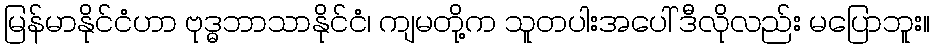
မြန်မာနိုင်ငံဟာ ဗုဒ္ဓဘာသာနိုင်ငံ၊ ကျမတို့က သူတပါးအပေါ် ဒီလိုလည်း မပြောဘူး။